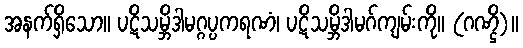
အနက်ရှိသော။ ပဋိသမ္ဘိဒါမဂ္ဂပ္ပကရဏံ၊ ပဋိသမ္ဘိဒါမဂ်ကျမ်းကို။ (ဂဏ္ဌိ)။